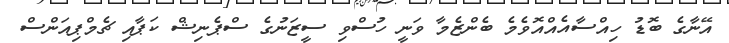
އޭނާގެ ބޮޑު ހިއްސާއެއްއޮވެމެ ބެންޒެމާ ވަނީ ހުސްވި ސީޒަނުގެ ސްޕެނިޝް ކަޕާއި ޗެމްޕިއަންސް